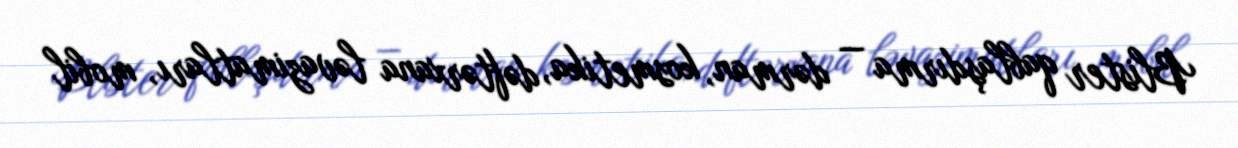
Blister qablaşdırma — dərman, kosmetika, dəftərxana ləvazimatları, mobil